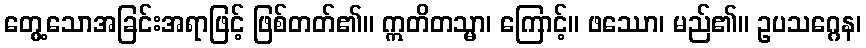
တွေ့သောအခြင်းအရာဖြင့် ဖြစ်တတ်၏။ ဣတိတသ္မာ၊ ကြောင့်။ ဖဿော၊ မည်၏။ ဥပသဂ္ဂေန၊